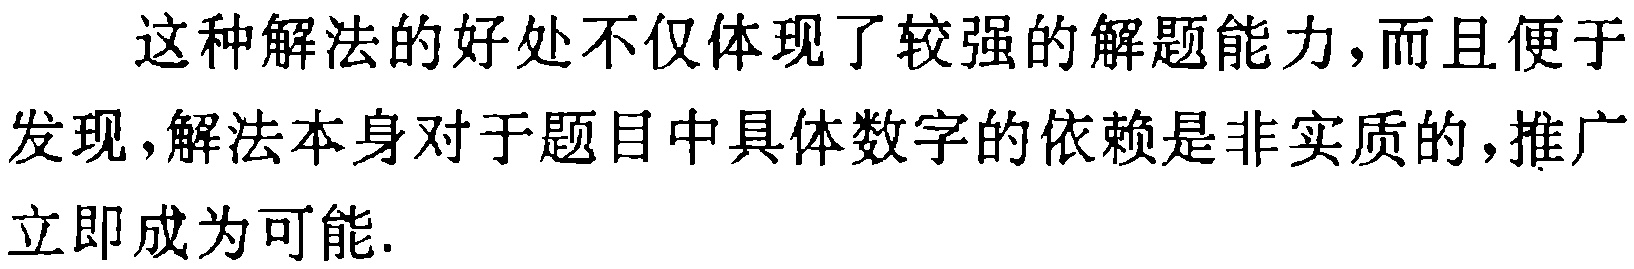
这种解法的好处不仅体现了较强的解题能力,而且便于发现,解法本身对于题目中具体数字的依赖是非实质的,推广立即成为可能.